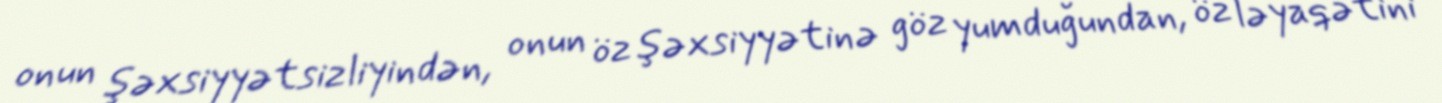
onun şəxsiyyətsizliyindən, onun öz şəxsiyyətinə göz yumduğundan, öz ləyaqətini